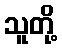
သူတို့